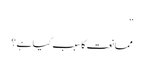
”
ممانعت کا سبب کیا ہے ؟